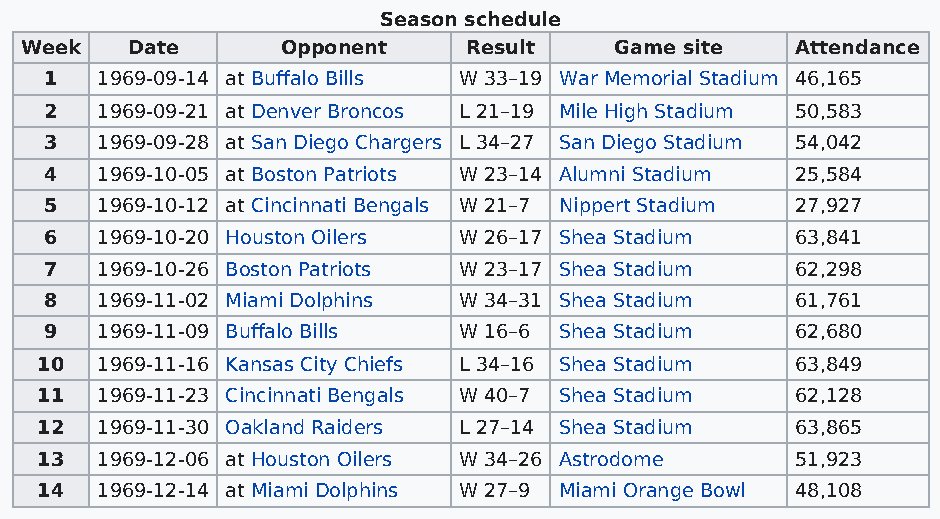
Season schedule
 Week   Date       Opponent    Result    Game site   Attendance
 1  1969-09-14 at Buffalo Bills W 33–19 War Memorial Stadium 46,165
 2  1969-09-21 at Denver Broncos L 21–19 Mile High Stadium 50,583
 3  1969-09-28 at San Diego Chargers L 34–27 San Diego Stadium 54,042
 4  1969-10-05 at Boston Patriots W 23–14 Alumni Stadium 25,584
 5  1969-10-12 at Cincinnati Bengals W 21–7 Nippert Stadium 27,927
 6  1969-10-20 Houston Oilers W 26–17 Shea Stadium 63,841
 7  1969-10-26 Boston Patriots W 23–17 Shea Stadium 62,298
 8  1969-11-02 Miami Dolphins W 34–31 Shea Stadium 61,761
 9  1969-11-09 Buffalo Bills W 16–6 Shea Stadium   62,680
 10  1969-11-16 Kansas City Chiefs L 34–16 Shea Stadium 63,849
 11  1969-11-23 Cincinnati Bengals W 40–7 Shea Stadium 62,128
 12  1969-11-30 Oakland Raiders L 27–14 Shea Stadium 63,865
 13  1969-12-06 at Houston Oilers W 34–26 Astrodome 51,923
 14  1969-12-14 at Miami Dolphins W 27–9 Miami Orange Bowl 48,108